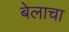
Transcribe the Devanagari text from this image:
बेलाचा